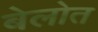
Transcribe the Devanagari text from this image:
बेलोत